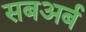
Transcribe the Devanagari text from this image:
सबअर्ब